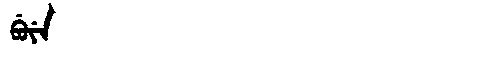
Manchu: ᠪᡠᠶᡝ
Romanization: BUYE